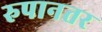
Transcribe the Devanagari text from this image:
रुपानतर